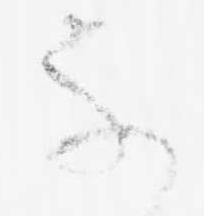
不